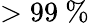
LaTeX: >99~\%